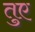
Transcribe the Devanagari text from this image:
तुए